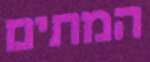
המתים